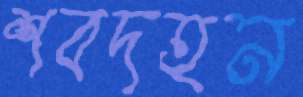
শবদহন